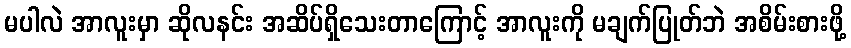
မပါလဲ အာလူးမှာ ဆိုလနင်း အဆိပ်ရှိသေးတာကြောင့် အာလူးကို မချက်ပြုတ်ဘဲ အစိမ်းစားဖို့